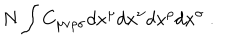
LaTeX: N \int C _ { \mu \nu \rho \sigma } d x ^ { \mu } d x ^ { \nu } d x ^ { \rho } d x ^ { \sigma } \ .